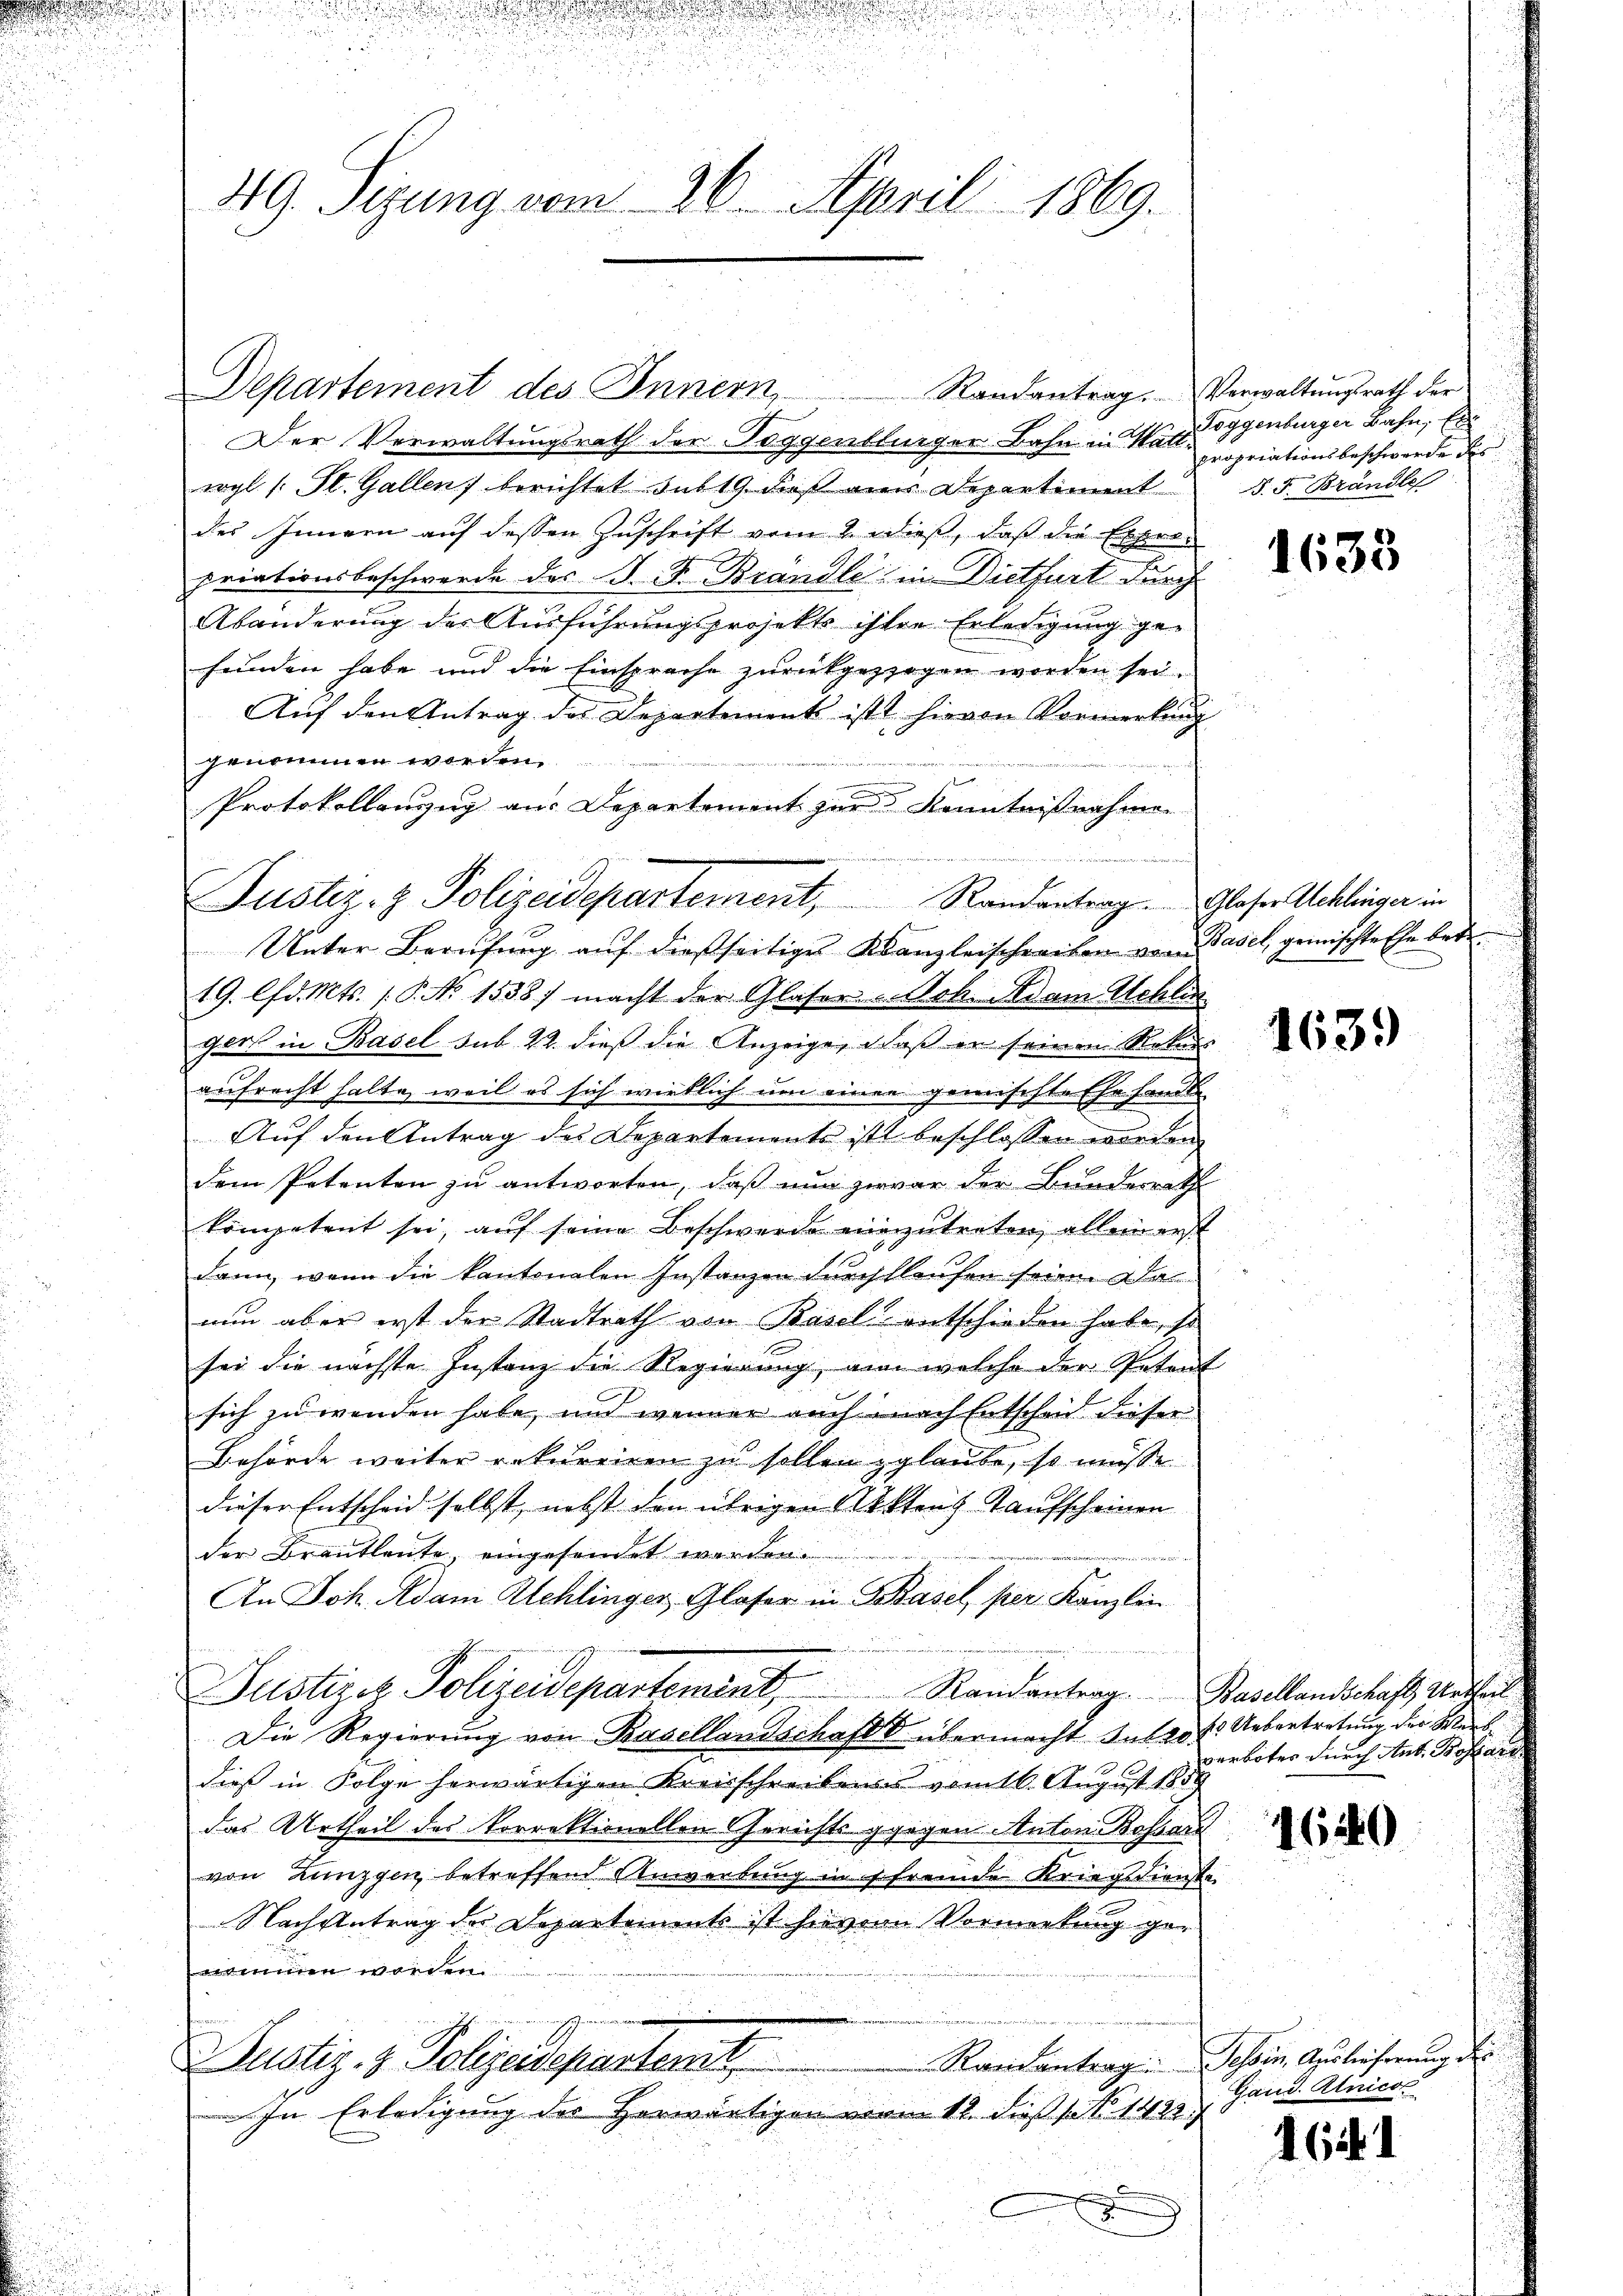
49. Sizung vom 26. April 1869.

Departement des Innern Randantrag. Verwaltŭngsrath der

Der Verwaltungsrath der Poggenblurger Bahn in Wattwyl (: St. Gallen berichtet sub 19, daß eins Depentiment
des Innern auf dessen Zuschrift vom 2. dieß, daß die Erhalpriationsbeschwerde des J. F. Brandle in Dietfurt durch
Abänderung des Ausführungsprojekts ihren Erledigung gefeinden habe und die Einsprache zurückgezogen worden sei.
Auf den Antrag des Departement ist hievon Vormerkung
genommen worden,

Protokollanzug aus Departement zur Kenntnißnahme
Unter Berufung auf dießseitiges Kanzleischreiben von Basel, gemischte Ehe betr
19. lfd. Mts. 1. P. No 1538) macht der Glaser Ach. Adam Schli
gats in Basel sub 22. dieß die Anzeige, daß er seinen Rekurs
aufrecht halte, weil es sich wirklich um einer gemischte Ehe handl
Auf den Antrag des Departements ist beschlossen worden,
dem Petenten zu antworten, daß nun zwar der Bunderrath
kompetent sei, aŭf seine Beschwerds einzŭtreten, allein erst
dann, wenn die kantonalen Instanzen durchllaufen seine Danun aber erst der Stadtrath von Basel entschieden habe, so
sei die nächste Instanz die Regierung, an welche der Petent
sich zu wenden habe, und wenner auch nach Entscheid dieser
Behörde weiter rekurriren zu sollen glaube, so müsse
dieser Entscheid selbst, nebst den übrigen Akten Taufscheinen
der Brautleute, eingesendet werden

An Joh. Adam Schlinger Glaser in Basel, per Kanzlin
Justizoz Polizeidepartement Randantrag. Basellandschaft Urthen
Die Regierung von Basellandschaft übermacht Intert. Uebertretung der Werkdieß in Folge herwärtigen Kreisschreibens vom 16. August 1858
das Urtheil des Vorrektionellen Gerichts gegen Anton Bossard
von Lunzgen betreffend Anwerbung in sfremde Kriegsdienste
Nachgetrag der Departemente ist hievon Vormerkung genommen worden
Raisantrag: Schen Auslieferung der
Justiz- & Polizeidepartent
e
In Erledigung des Herwärtigen vom 11. dieß s 1482

e

Justiz- & Polizeidepartement, Randantrag. Glaser Acklinger in

Toggenburger Bahn, Es
propriationsbeschwerde des
d. J. Brandle

1633

1639

verbotes durch Ant. Bossare

1640

Gand. Alnica

162. 1